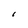
Character: I